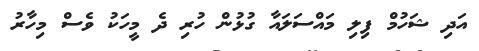
އަދި ޝަހުމް ފިލި މައްސަލައާ ގުޅުން ހުރި ދެ މީހަކު ވެސް މިހާރު